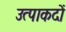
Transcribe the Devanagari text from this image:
उत्पाकदों